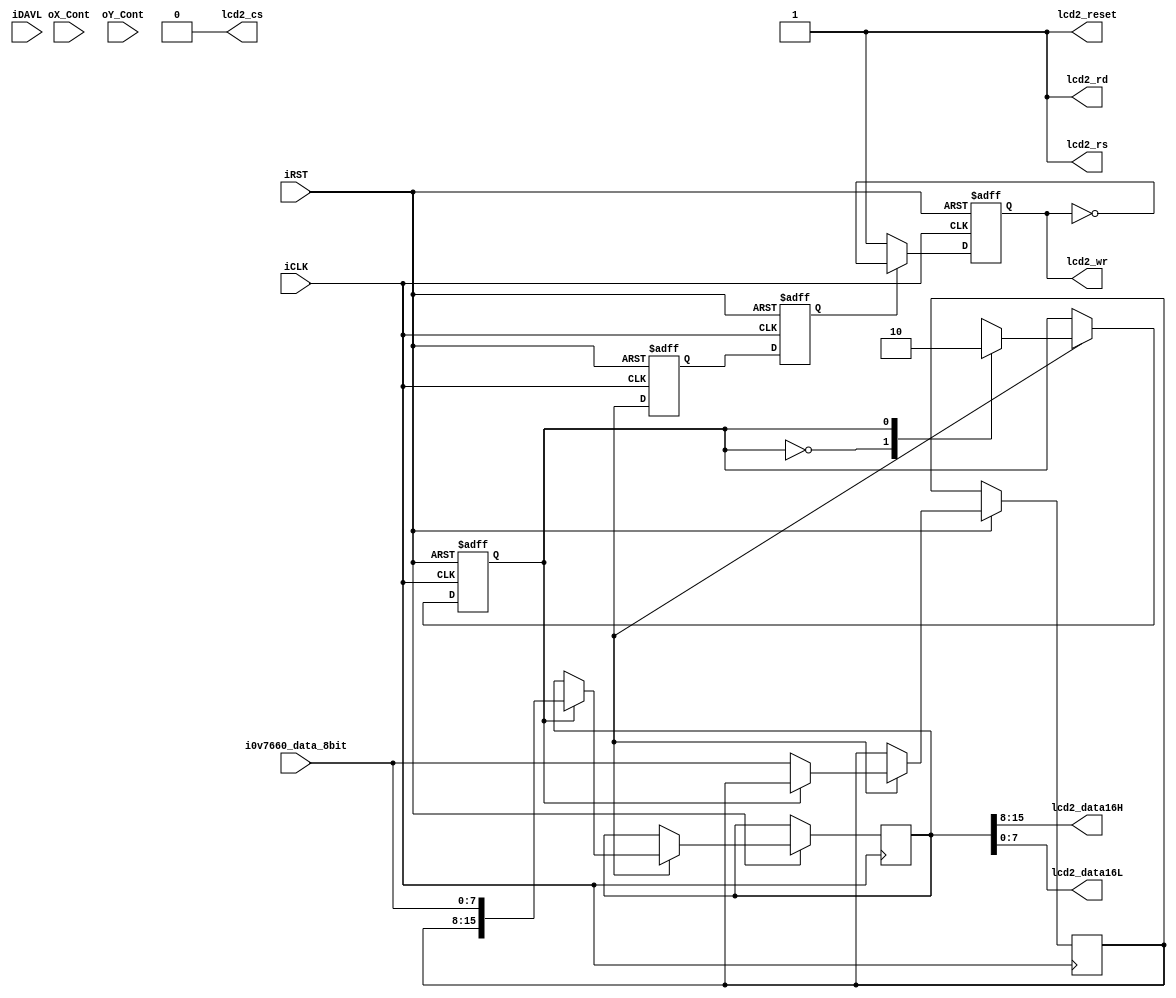
module write_tft(
		input iCLK,
		input iRST,
		//camera input 
		input iDAVL,//DATA VALID
		input [7:0] i0v7660_data_8bit,
		input [10:0] oX_Cont,
		input [10:0] oY_Cont,
		//tft interferce
		output lcd2_cs,
		output lcd2_wr,
		output lcd2_rs,
		output lcd2_reset,
		output lcd2_rd,
		output [7:0] lcd2_data16H,
		output [7:0] lcd2_data16L
		);

assign lcd2_wr = reg_lcd2_wr;    
assign lcd2_rs = 1'b1; 
assign lcd2_rd = 1'b1;
assign lcd2_cs = 1'b0;
assign lcd2_reset = 1'b1;
assign {lcd2_data16H[7:0],lcd2_data16L[7:0]} = ov7660_data_16bit;
///////////////////////////////////////////////////////
//ov7660 data 8 bit to 16 bit
//    ܣ8λת16λͬʱλת
//OV7660 RGB565 ʽ RRRRRGGGGGGBBBBB Ϊ BBBBBGGGGGGRRRRR ʽ
//תݷTFT ʽ
reg data_state;
reg [7:0] pre_i0v7660_data_8bit;
reg [15:0] ov7660_data_16bit;
wire iDVAL;
always@(posedge iCLK or negedge iRST)
	if(!iRST)
		begin
			data_state <= 1'b0;
		end
	else
	begin
	if(iDVAL)
		case(data_state)
		0 : begin
			pre_i0v7660_data_8bit <= i0v7660_data_8bit;
			data_state <= 1'b1;
			end
		1 : begin
			ov7660_data_16bit <= {pre_i0v7660_data_8bit,i0v7660_data_8bit};
//{i0v7660_data_8bit[4:0],pre_i0v7660_data_8bit[2:0],i0v7660_data_8bit[7:5],pre_i0v7660_data_8bit[7:3]};//{pre_i0v7660_data_8bit,i0v7660_data_8bit};
			data_state <= 1'b0;
			end
		endcase
	end

//ܣʱתpclk_div2 = OV7660PCLK ʱ/2 ;
//16λתЧʱΪһPCLKڣڼPCLK½ʱpclk_div2Ϊء
reg temp1;
reg temp2;
always@(posedge iCLK or negedge iRST)
	if(!iRST)
		begin
			temp1 <= 1'b0;
			temp2 <= 1'b0;
		end
	else
		begin
			temp1 <= iDVAL;
			temp2 <= temp1;
		end
reg reg_lcd2_wr;
always@(negedge iCLK or negedge iRST)
	if(!iRST)
		begin
			reg_lcd2_wr <= 1'b1;
		end
	else
		if(temp2)
			reg_lcd2_wr <= ~reg_lcd2_wr;
		else
			reg_lcd2_wr <= 1'b1;
endmodule